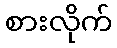
စားလိုက်